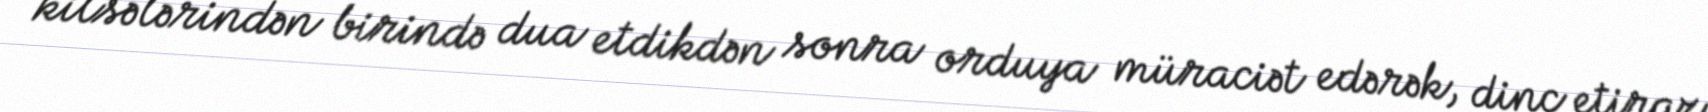
kilsələrindən birində dua etdikdən sonra orduya müraciət edərək, dinc etiraz